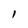
Character: I